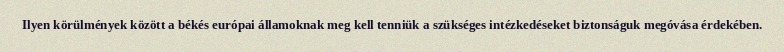
Ilyen körülmények között a békés európai államoknak meg kell tenniük a szükséges intézkedéseket biztonságuk megóvása érdekében.